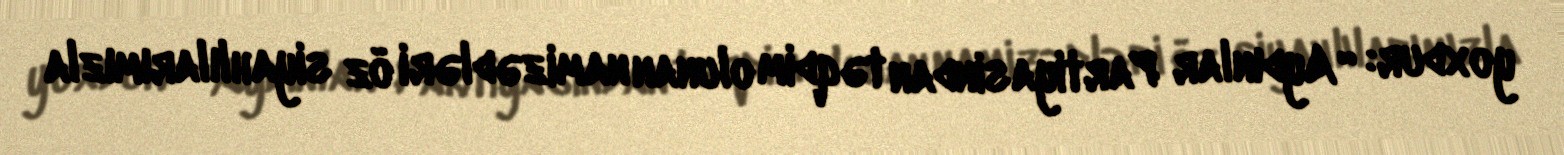
yoxdur: “Aydınlar Partiyasindan təqdim olunan namizədləri öz siyahlılarımızla